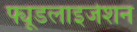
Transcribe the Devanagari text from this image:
फ्यूडलाइजेशन